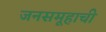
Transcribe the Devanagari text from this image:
जनसमूहाची